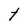
Character: t